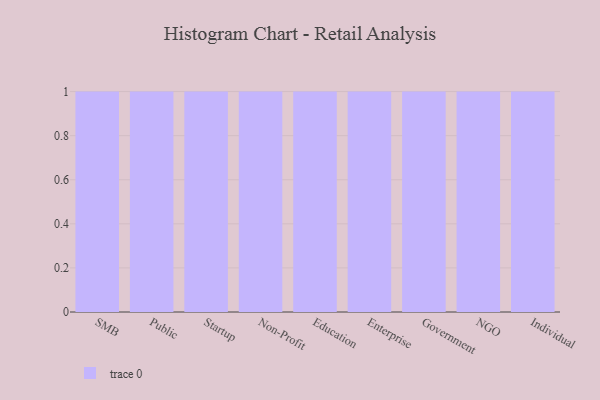
{"axis": {"x": "Segment", "y": "Customer Acquisition Cost (USD)"}, "legend": [""], "data": [{"x": "SMB", "y": 12, "type": ""}, {"x": "Public", "y": 41, "type": ""}, {"x": "Startup", "y": 44, "type": ""}, {"x": "Non-Profit", "y": 12, "type": ""}, {"x": "Education", "y": 8, "type": ""}, {"x": "Enterprise", "y": 93, "type": ""}, {"x": "Government", "y": 41, "type": ""}, {"x": "NGO", "y": 72, "type": ""}, {"x": "Individual", "y": 27, "type": ""}]}